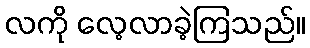
လကို လေ့လာခဲ့ကြသည်။